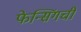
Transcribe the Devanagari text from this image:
फेन्सिंगची